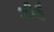
ઝીઉ